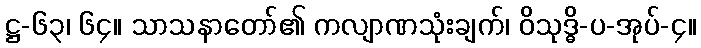
ဋ္ဌ-၆၃၊ ၆၄။ သာသနာတော်၏ ကလျာဏသုံးချက်၊ ဝိသုဒ္ဓိ-ပ-အုပ်-၄။